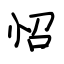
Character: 怊